Senior Leaving Certificate Examination (including Day School Certificate (Higher) General paper), 1947
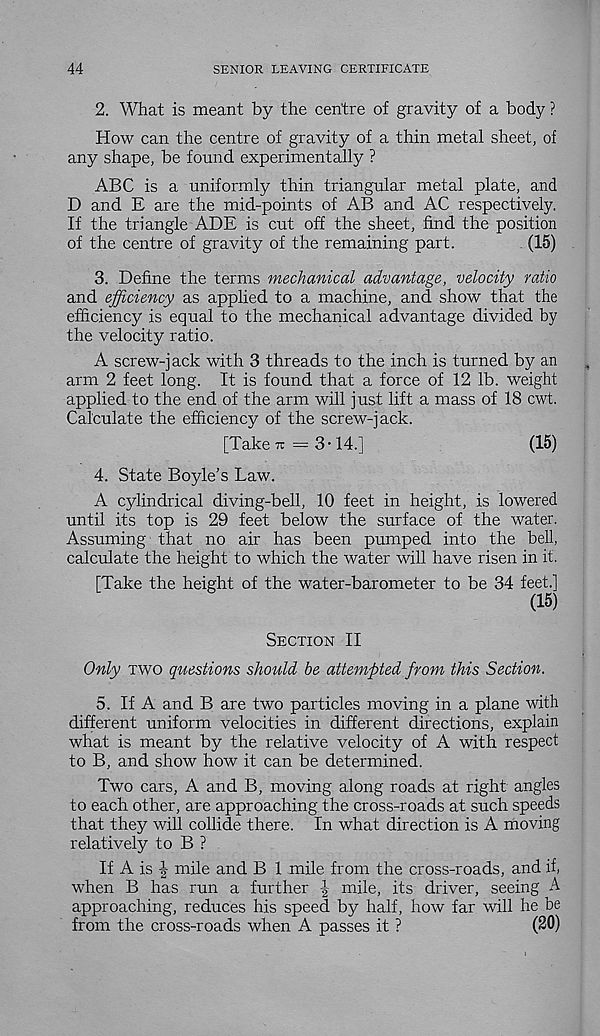
44
SENIOR LEAVING CERTIFICATE
2. What is meant by the centre of gravity of a body ?
How can the centre of gravity of a thin metal sheet, of
any shape, be found experimentally ?
ABC is a uniformly thin triangular metal plate, and
D and E are the mid-points of AB and AC respectively.
If the triangle ADE is cut off the sheet, find the position
of the centre of gravity of the remaining part.
(15)
3. Define the terms mechanical advantage, velocity ratio
and efficiency as applied to a machine, and show that the
efficiency is equal to the mechanical advantage divided by
the velocity ratio.
A screw-jack with 3 threads to the inch is turned by an
arm 2 feet long. It is found that a force of 12 lb. weight
applied to the end of the arm will just lift a mass of 18 cwt.
Calculate the efficiency of the screw-jack.
[Take 7T = 3-14.]
(15)
4. State Boyle’s Law.
A cylindrical diving-bell, 10 feet in height, is lowered
until its top is 29 feet below the surface of the water.
Assuming that no air has been pumped into the bell,
calculate the height to which the water will have risen in it.
[Take the height of the water-barometer to be 34 feet.]
(15)
Section II
Only two questions should be attempted from this Section.
5. If A and B are two particles moving in a plane with
different uniform velocities in different directions, explain
what is meant by the relative velocity of A with respect
to B, and show how it can be determined.
Two cars, A and B, moving along roads at right angles
to each other, are approaching the cross-roads at such speeds
that they will cohide there. In what direction is A moving
relatively to B ?
If A is J mile and B 1 mile from the cross-roads, and if,
when B has run a further \ mile, its driver, seeing A
approaching, reduces his speed by half, how far will he be
from the cross-roads when A passes it ?
(20)